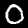
Digit: 0